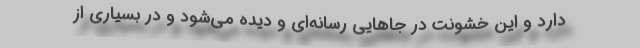
دارد و اين خشونت در جاهايي رسانه‌‌اي و ديده مي‌شود و در بسياري از